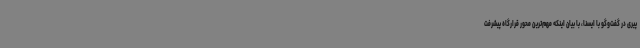
پیری در گفت‌وگو با ایسنا، با بیان اینکه مهم‌ترین محور قرارگاه پیشرفت